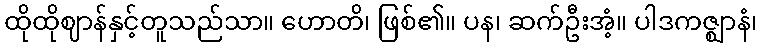
ထိုထိုဈာန်နှင့်တူသည်သာ။ ဟောတိ၊ ဖြစ်၏။ ပန၊ ဆက်ဦးအံ့။ ပါဒကဇ္ဈာနံ၊